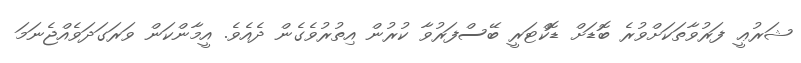
ޝަރުޢީ ފަރުވާތަކަށްވުރެ ބޮޑަށް ޑޮކްޓަރީ ބޭސްފަރުވާ ކުރުން އިތުރުވެގެން ދެއެވެ. އީމާންކަން ވަރަގަދަވެއްޖެނަމަ